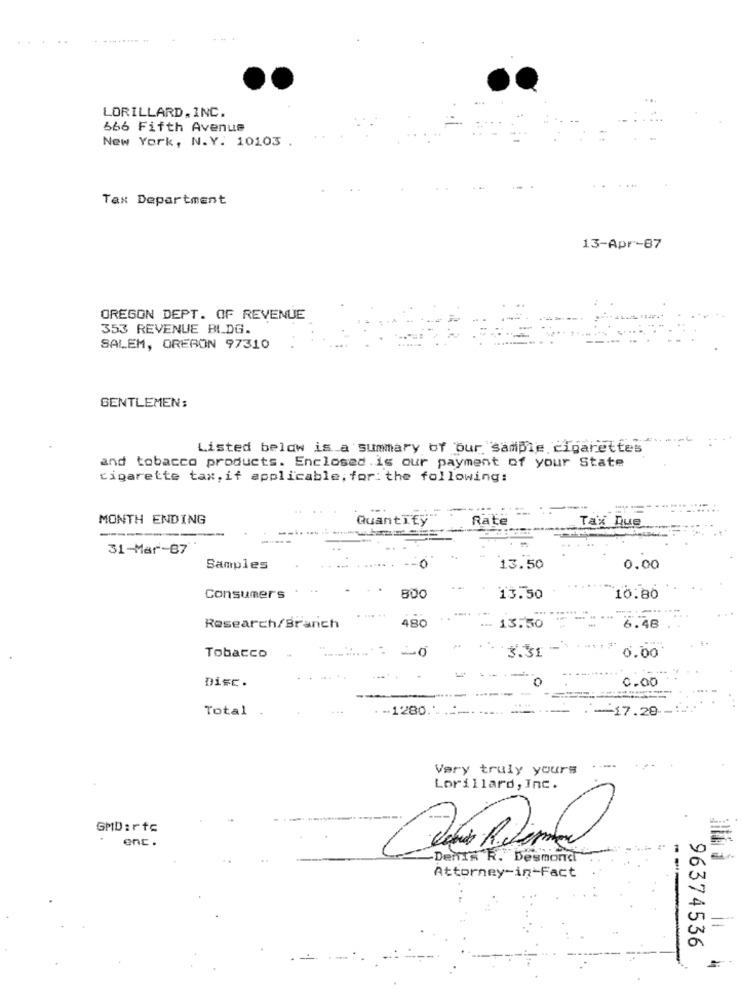
LORILLARD, INC.
666 Fifth Avenue
New York, N.Y. 10103
Tax Department
13-Apr-87
OREGON DEPT. OF REVENUE
353 REVENUE BLDG.
SALEM, OREGON 97310
GENTLEMEN:
Listed below is a summary of our sample cigarettes
and tobacco products. Enclosed is our payment of your State
cigarette tax, if applicable, for: the following:
MONTH ENDING
Quantify"
Rate
Tax Que
31-Mar-87
Samples
0
13.50
0.00
Consumers
800
13.50
10:80
Research/Branch
13.50
6.48
3.31 -
Tobacco
0.00
Disc.
0
0.00
Total
.- 1280.1 .___
-17.28-
Very truly yours
Lorillard, Inc.
GMD:rtc
enc .
Denis R. Desmond
Attorney-in-Fact
=
96374536